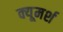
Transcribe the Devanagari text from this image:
क्यूमर्श